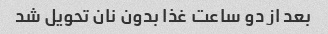
بعد از دو ساعت غذا بدون نان تحویل شد